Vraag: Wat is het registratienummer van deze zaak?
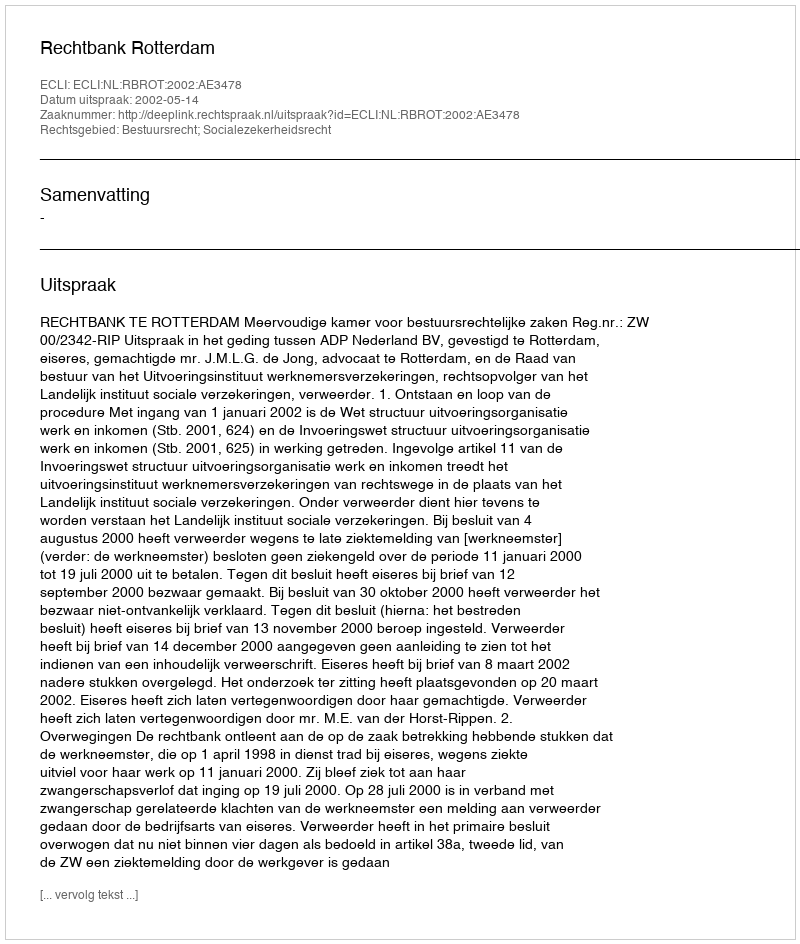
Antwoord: http://deeplink.rechtspraak.nl/uitspraak?id=ECLI:NL:RBROT:2002:AE3478